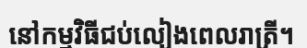
នៅកម្មវិធីជប់លៀងពេលរាត្រី។